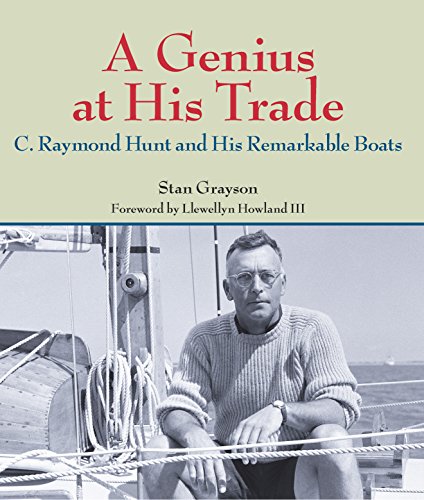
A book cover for A Genius at His Trade: C. Raymond Hunt and His Remarkable Boats; Stan Grayson; Sports & Outdoors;